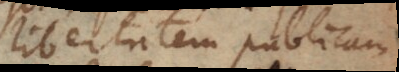
libertatem publicam